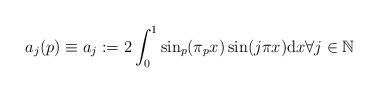
LaTeX: \begin{align*} a_j(p)\equiv a_j:=2\int_0^1 \sin_p(\pi_p x) \sin(j \pi x) \mathrm{d}x\forall j \in \mathbb{N}\end{align*}